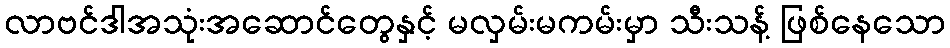
လာဗင်ဒါအသုံးအဆောင်တွေနှင့် မလှမ်းမကမ်းမှာ သီးသန့် ဖြစ်နေသော